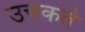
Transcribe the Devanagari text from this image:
उचकते